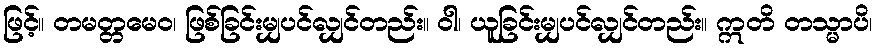
ဖြင့်။ တမတ္တမေဝ၊ ဖြစ်ခြင်းမျှပင်လျှင်တည်း။ ဝါ၊ ယူခြင်းမျှပင်လျှင်တည်း။ ဣတိ တသ္မာပိ၊